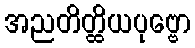
အညတိတ္ထိယပုဗ္ဗော